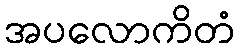
အပလောကိတံ